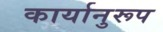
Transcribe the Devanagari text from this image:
कार्यानुरूप